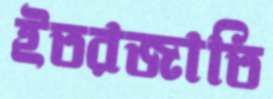
ইতরজাতি